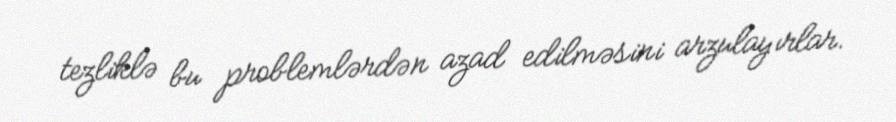
tezliklə bu problemlərdən azad edilməsini arzulayırlar.